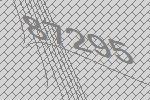
87295